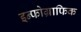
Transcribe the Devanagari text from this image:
इन्फोग्राफिक